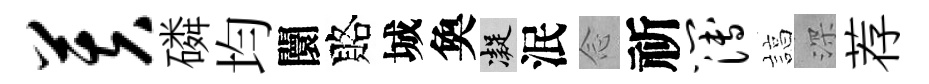
芙磷均闤賂城奐凝泯𫝹祈簿諄深荐